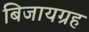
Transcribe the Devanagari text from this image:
बिजायग्रह